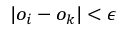
| o _ { i } - o _ { k } | < \epsilon